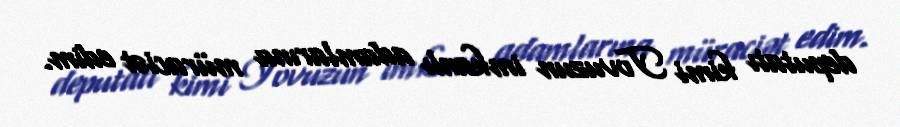
deputatı kimi Tovuzun imkanlı adamlarına müraciət edim.